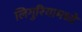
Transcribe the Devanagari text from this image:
लिगुरियामध्ये